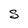
Character: S